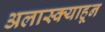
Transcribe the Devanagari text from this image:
अलास्क्याहून